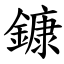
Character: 鏮